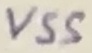
Text: VSS